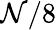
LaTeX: \mathcal{N}/8